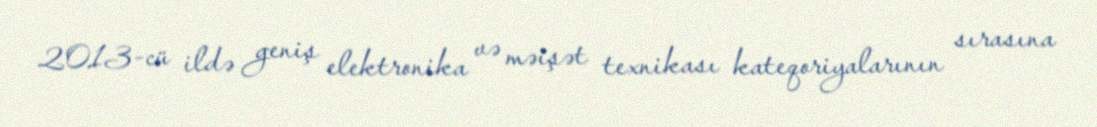
2013-cü ildə geniş elektronika və məişət texnikası kateqoriyalarının sırasına